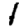
Digit: 1